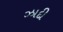
ઝાદી